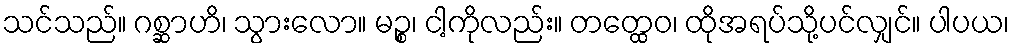
သင်သည်။ ဂစ္ဆာဟိ၊ သွားလော။ မဉ္စ၊ ငါ့ကိုလည်း။ တတ္ထေဝ၊ ထိုအရပ်သို့ပင်လျှင်။ ပါပယ၊